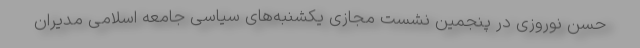
حسن نوروزی در پنجمین نشست مجازی یکشنبه‌های سیاسی جامعه اسلامی مدیران